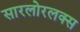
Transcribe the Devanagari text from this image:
सारलोरलक्स